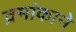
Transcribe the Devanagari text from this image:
क्र्मांकाने